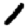
Digit: 1